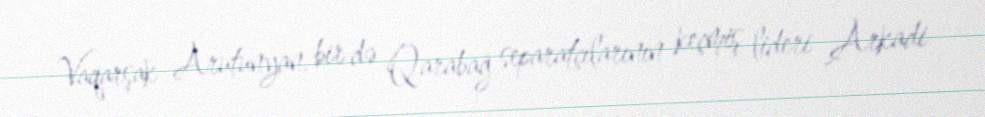
Vaqarşak Arutunyan, bir də Qarabağ separatçılarının keçmiş lideri Arkadi